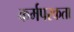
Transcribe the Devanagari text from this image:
कर्मपरकता